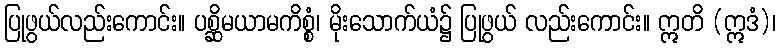
ပြုဖွယ်လည်းကောင်း။ ပစ္ဆိမယာမကိစ္စံ၊ မိုးသောက်ယံ၌ ပြုဖွယ် လည်းကောင်း။ ဣတိ (ဣဒံ)၊